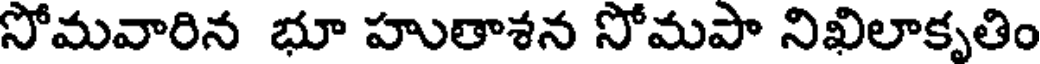
సోమవారిన భూ హుతాశన సోమపా నిఖిలాకృతిం